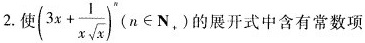
2.使 $$( 3 x + \frac { 1 } { x \sqrt { x } } ) ^ { n }$$ (n\in N_{+})的展开式中含有常数项